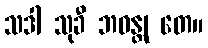
သဒါ သုခီ ဘဝန္တု တေ။